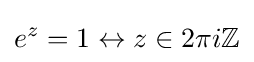
e^{z}=1\leftrightarrow z\in 2\pi i\mathbb {Z}